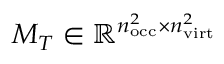
M _ { T } \in \mathbb R ^ { n _ { \mathrm { o c c } } ^ { 2 } \times n _ { \mathrm { v i r t } } ^ { 2 } }